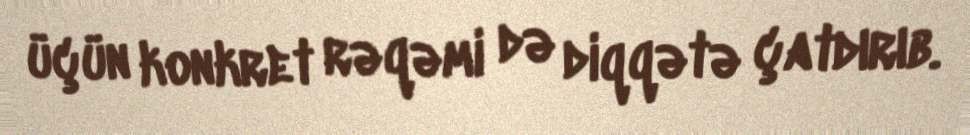
üçün konkret rəqəmi də diqqətə çatdırıb.